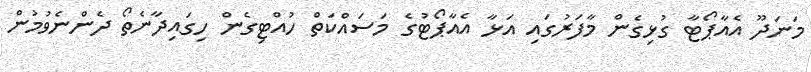
މަނަދޫ އެއާޕޯޓާ ގުޅިގެން މާފަރުގައި އަޅާ އެއާޕޯޓުގެ މަސައްކަތް ހުއްޓިގެން ހިގައިދާނެތޯ ދެންނެވުމުން